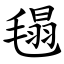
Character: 㲩